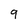
Character: 9